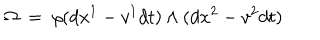
LaTeX: \Omega \; = \; \rho ( d x ^ { 1 } - v ^ { 1 } d t ) \land ( d x ^ { 2 } - v ^ { 2 } d t )